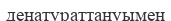
денатураттануымен